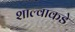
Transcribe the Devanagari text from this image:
शाल्वाकडे